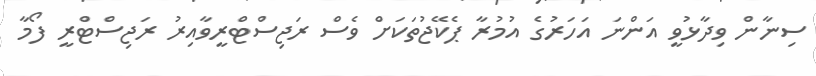
ސިނާން ވިދާޅުވީ އަންނަ އަހަރުގެ އުމުރާ ޕެކޭޖުތަކަށް ވެސް ރަޖިސްޓްރީވާއިރު ރަޖިސްޓްރީ ފޯމާ